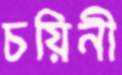
চয়িনী